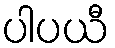
ပါပယီ